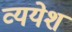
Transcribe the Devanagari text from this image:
व्ययेश